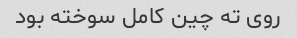
روی ته چین کامل سوخته بود